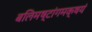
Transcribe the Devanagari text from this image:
बलिमष्टांगमक्षयं